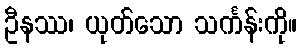
ဦနဿ၊ ယုတ်သော သင်္ကန်းကို။